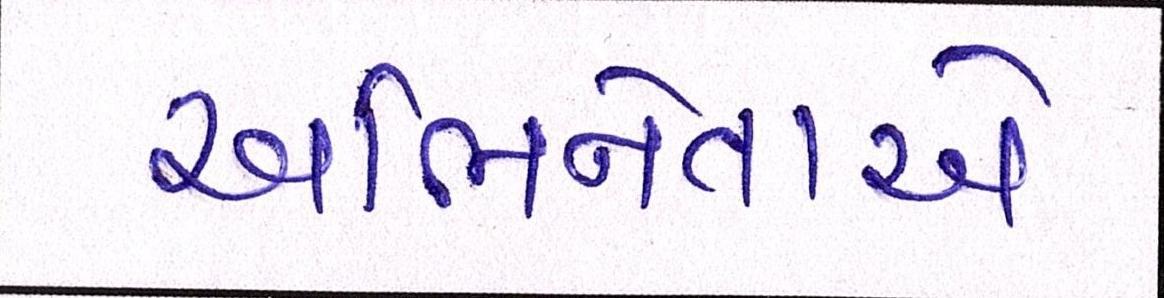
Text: અભિનેતાએ